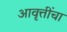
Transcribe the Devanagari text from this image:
आवृत्तींचा